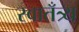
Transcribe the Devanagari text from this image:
स्वातँत्र्य